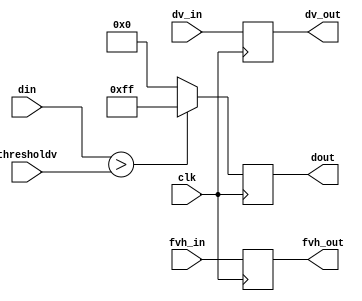
`timescale 1ns / 1ps
//////////////////////////////////////////////////////////////////////////////////
// Company: 
// Engineer: 
// 
// Design Name: 
// Module Name:    threshold 
// Project Name: 
// Target Devices: 
// Tool versions: 
// Description: 
//
// Dependencies: 
//
// Revision: 
// Revision 0.01 - File Created
// Additional Comments: 
//
//////////////////////////////////////////////////////////////////////////////////

// temporary thresholding module
// if data in < 127, set to 0, if > 127, set to 255
// pass field, vertical, horizontal, and data_valid values associated with the pixel
module threshold(clk, thresholdv, fvh_in, dv_in, fvh_out, dv_out, din, dout);
	input clk;
	input [7:0] thresholdv;
	input [2:0] fvh_in;
	input dv_in;
	output reg [2:0] fvh_out;
	output reg dv_out; 
	input [7:0] din; 
	output reg [7:0] dout; 
	always @(posedge clk) begin
		dout <= (din > thresholdv) ? 8'b1111_1111 : 8'b0000_0000;
		fvh_out <= fvh_in;
		dv_out <= dv_in;
	end
endmodule